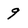
Character: 9